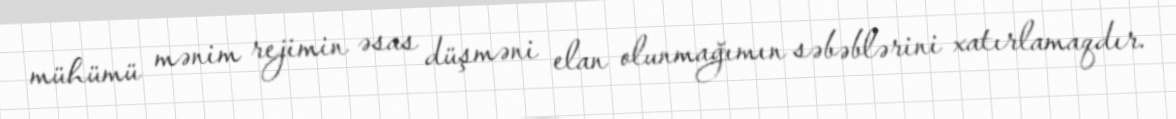
mühümü mənim rejimin əsas düşməni elan olunmağımın səbəblərini xatırlamaqdır.